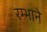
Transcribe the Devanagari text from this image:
रम्भाने